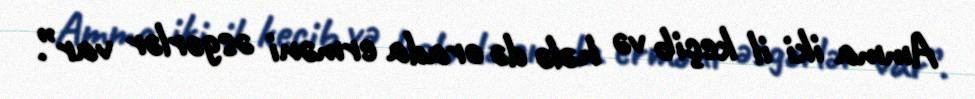
Amma iki il keçib və hələ də orada erməni əsgərlər var”.